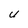
Character: U